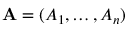
\mathbf { A } = ( A _ { 1 } , \ldots , A _ { n } )